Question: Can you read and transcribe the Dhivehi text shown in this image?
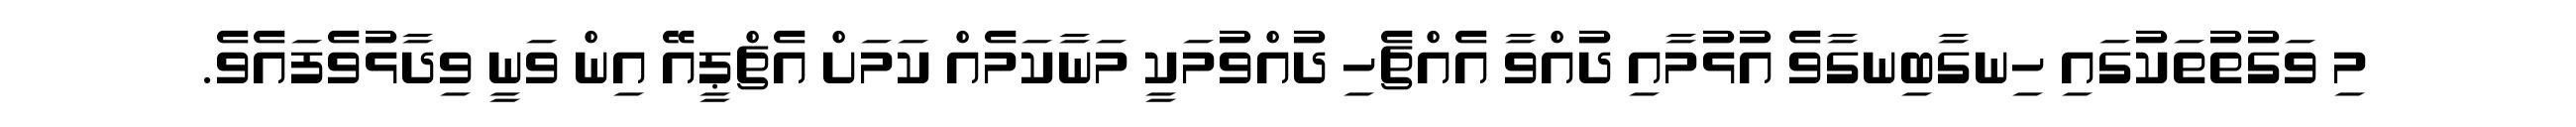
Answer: މި ވަގުތުތަކުގައި ހިނގާބިނގާވެ އުޅުމާއި ދުއްވާ އެއްޗެހި ދުއްވުމަކީ މަނާކަމެއް ކަމަށް އެޗްޕީއޭ އިން ވަނީ ވިދާޅުވެފައެވެ.